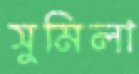
সুমিলা